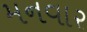
મનવાર